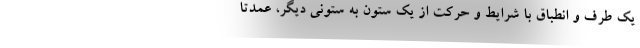
یک طرف و انطباق با شرایط و حرکت از یک ستون به ستونی دیگر، عمدتاً